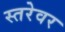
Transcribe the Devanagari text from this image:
स्तरेवर